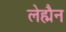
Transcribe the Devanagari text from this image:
लेह्मैन